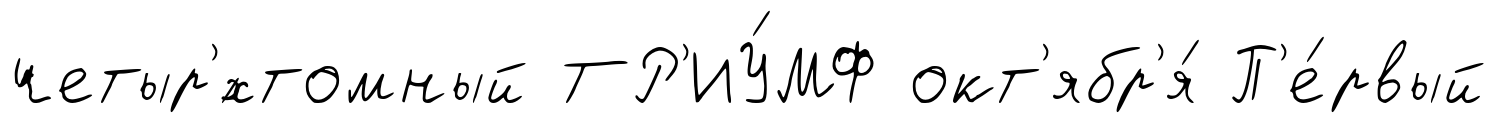
четыр'́хтомный ТР'ИУ́МФ окт'ябр'я́ П'е́рвый